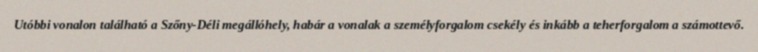
Utóbbi vonalon található a Szőny-Déli megállóhely, habár a vonalak a személyforgalom csekély és inkább a teherforgalom a számottevő.